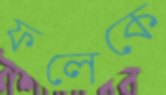
ফলেকে